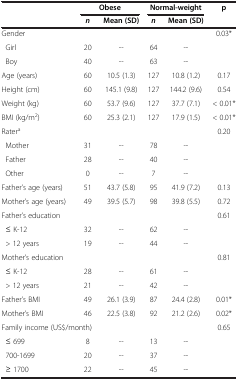
<table><thead><tr><td><b> </b></td><td colspan="2"><b>Obese</b></td><td colspan="2"><b>Normal-weight</b></td><td rowspan="2"><b>p</b></td></tr><tr><td><b> </b></td><td><b><i>n</i></b></td><td><b>Mean (SD)</b></td><td><b><i>n</i></b></td><td><b>Mean (SD)</b></td></tr></thead><tbody><tr><td>Gender</td><td> </td><td> </td><td> </td><td> </td><td>0.03*</td></tr><tr><td> Girl</td><td>20</td><td>--</td><td>64</td><td>--</td><td> </td></tr><tr><td> Boy</td><td>40</td><td>--</td><td>63</td><td>--</td><td> </td></tr><tr><td>Age (years)</td><td>60</td><td>10.5 (1.3)</td><td>127</td><td>10.8 (1.2)</td><td>0.17</td></tr><tr><td>Height (cm)</td><td>60</td><td>145.1 (9.8)</td><td>127</td><td>144.2 (9.6)</td><td>0.54</td></tr><tr><td>Weight (kg)</td><td>60</td><td>53.7 (9.6)</td><td>127</td><td>37.7 (7.1)</td><td>&lt; 0.01*</td></tr><tr><td>BMI (kg/m<sup>2</sup>)</td><td>60</td><td>25.3 (2.1)</td><td>127</td><td>17.9 (1.5)</td><td>&lt; 0.01*</td></tr><tr><td>Rater<sup>a</sup></td><td> </td><td> </td><td> </td><td> </td><td>0.20</td></tr><tr><td> Mother</td><td>31</td><td>--</td><td>78</td><td>--</td><td> </td></tr><tr><td> Father</td><td>28</td><td>--</td><td>40</td><td>--</td><td> </td></tr><tr><td> Other</td><td>0</td><td>--</td><td>7</td><td>--</td><td> </td></tr><tr><td>Father’s age (years)</td><td>51</td><td>43.7 (5.8)</td><td>95</td><td>41.9 (7.2)</td><td>0.13</td></tr><tr><td>Mother’s age (years)</td><td>49</td><td>39.5 (5.7)</td><td>98</td><td>39.8 (5.5)</td><td>0.72</td></tr><tr><td>Father’s education</td><td> </td><td> </td><td> </td><td> </td><td>0.61</td></tr><tr><td> ≤ K-12</td><td>32</td><td>--</td><td>62</td><td>--</td><td> </td></tr><tr><td> &gt; 12 years</td><td>19</td><td>--</td><td>44</td><td>--</td><td> </td></tr><tr><td>Mother’s education</td><td> </td><td> </td><td> </td><td> </td><td>0.81</td></tr><tr><td> ≤ K-12</td><td>28</td><td>--</td><td>61</td><td>--</td><td> </td></tr><tr><td> &gt; 12 years</td><td>21</td><td>--</td><td>42</td><td>--</td><td> </td></tr><tr><td>Father’s BMI</td><td>49</td><td>26.1 (3.9)</td><td>87</td><td>24.4 (2.8)</td><td>0.01*</td></tr><tr><td>Mother’s BMI</td><td>46</td><td>22.5 (3.8)</td><td>92</td><td>21.2 (2.6)</td><td>0.02*</td></tr><tr><td colspan="2">Family income (US$/month)</td><td> </td><td> </td><td> </td><td>0.65</td></tr><tr><td> ≤ 699</td><td>8</td><td>--</td><td>13</td><td>--</td><td> </td></tr><tr><td> 700-1699</td><td>20</td><td>--</td><td>37</td><td>--</td><td> </td></tr><tr><td> ≥ 1700</td><td>22</td><td>--</td><td>45</td><td>--</td><td> </td></tr></tbody></table>